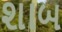
શાબ